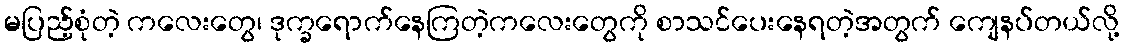
မပြည့်စုံတဲ့ ကလေးတွေ၊ ဒုက္ခရောက်နေကြတဲ့ကလေးတွေကို စာသင်ပေးနေရတဲ့အတွက် ကျေနပ်တယ်လို့